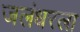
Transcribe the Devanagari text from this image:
जलंधरला